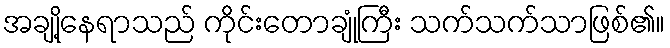
အချို့နေရာသည် ကိုင်းတောချုံကြီး သက်သက်သာဖြစ်၏။